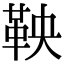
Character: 鞅